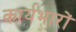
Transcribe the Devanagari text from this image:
कार्यभारों